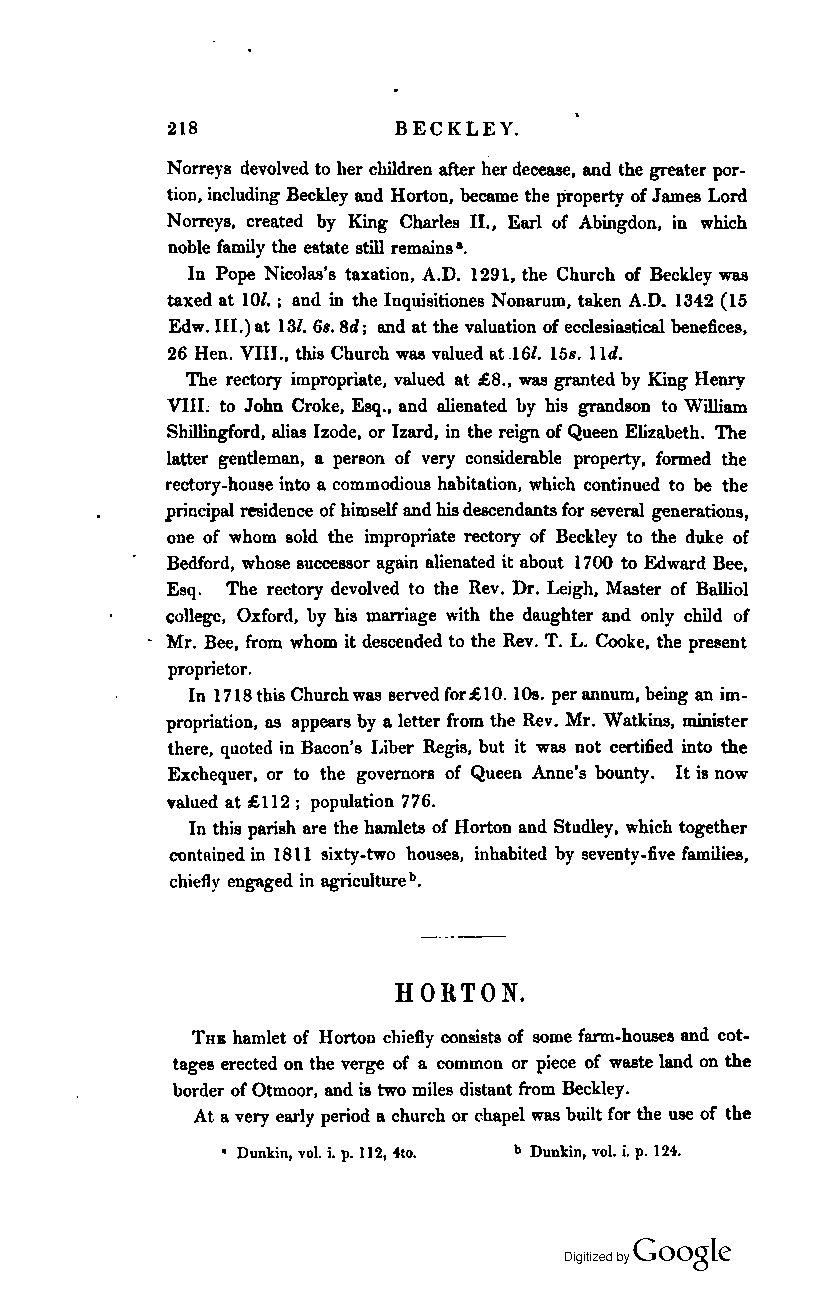
218            BECKLEY.
 Norreys devolved to her children after her decease, and the greater por
 tion, including Beckley and Horton, became the property of James Lord
 Norreys, created by King Charles II., Earl of Abingdon, in which
 noble family the estate still remains·.
 In Pope Nicolas's taxation, A.D. 1291, the Church of Beckley was
 taxed at 10/. ; and in the Inquisitiones Nonarum, taken A.D. 1342 (15
 Edw. III.) at 13/. 6,. 8d; and at the valuation of ecclesiastical benefices,
 26 Hen. VIII., this Church was valued at .161. 15,. lid.
 The rectory impropriate, valued at :£8., was granted by King Henry
 VIIt to John Croke, Esq., and alienated by his grandson to William
 Shillingford, alias Izode, or Izard, in the reign of Queen Elizabeth. 'The
 latter gentleman, a person of very considerable property, formed the
 rectory.house into a commodious habitation, which continued to be the
 principal residence of himself and his descendants for several generations,
 one of whom sold the impropriate rectory of Beckley to the duke of
 Bedford, whose succe880r again alienated it about 1700 to Edward Bee,
 Esq. The rectory devolved to the Rev. Dr. Leigh, Master of Balliol
 college, Oxford, by his marriage with the daughter and only child of
 Mr. Bee, from whom it descended to the Rev. T. L. Cooke, the present
 proprietor.
 In 1718 this Church was served for:£lO. 108. per annum, being an im
 propriation, as appears by a letter from the Rev. Mr. Watkins, minister
 there, quoted in Bacon's Liber Regis, but it was not certified into the
 Exchequer, or to the governors of Queen Anne's bounty. It is now
 valued at :£112; population 776.
 In this parish are the hamlets of Horton and Studley. which together
 contained in 1811 sixty-two houses. inhabited by seventy-five families.
 chiefl y engaged in agriculture b.
 HORTON.
 THB hamlet of Horton chiefly consists of some farm-houses and cot
 tages erected on the verge of a common or piece of waste land on the
 border of Otmoor, and is two miles distant from Beckley.
 At a very early period a church or chapel was built for the use of the
 • Dunkin, vol. i. p. 112. "to. b Dunkin, vol. i. p. 124.
 Coogle
 Digitized by